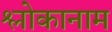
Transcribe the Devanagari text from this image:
श्लोकानाम